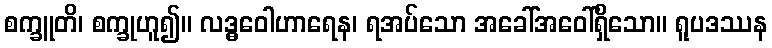
စက္ခူတိ၊ စက္ခုဟူ၍။ လဒ္ဓဝေါဟာရေန၊ ရအပ်သော အခေါ်အဝေါ်ရှိသော။ ရူပဒဿန